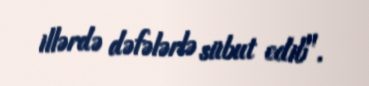
illərdə dəfələrlə sübut edib".